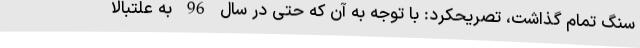
سنگ تمام گذاشت، تصریحکرد: با توجه به آن که حتی در سال 96 به علتبالا